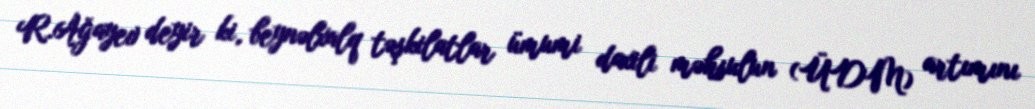
R.Ağayev deyir ki, beynəlxalq təşkilatlar ümumi daxili məhsulun (ÜDM) artımını